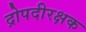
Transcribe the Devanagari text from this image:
द्रोपदीरक्षक